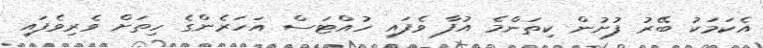
އެކަމަކު ބޭރު ފުށުން ކިތަންމެ އުފާ ވެފައި ހުއްޓަސް އަހަރެންގެ ހިތަށް ވެރިވެފައި